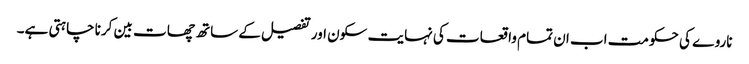
ناروے کی حکومت اب ان تمام واقعات کی نہایت سکون اور تفصیل کے ساتھ چھات بین کرنا چاہتی ہے۔